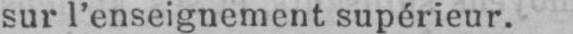
sur l’enseignement supérieur.